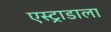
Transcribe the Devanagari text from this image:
एस्ट्राडाला